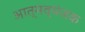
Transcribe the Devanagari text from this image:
आत्मव्यंजक